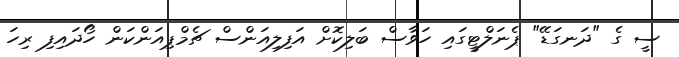
ސީ ގެ "ދަނގަޑޭ" ޕެނަލްޓީގައި ހަވާސް ބަލިކޮށް އަފިލިއަންސް ޗެމްޕިއަންކަން ހޯދައިފި ރިހަ